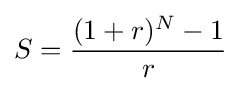
S={{(1+r)^{N}-1} \over r}